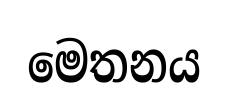
මෙතනය